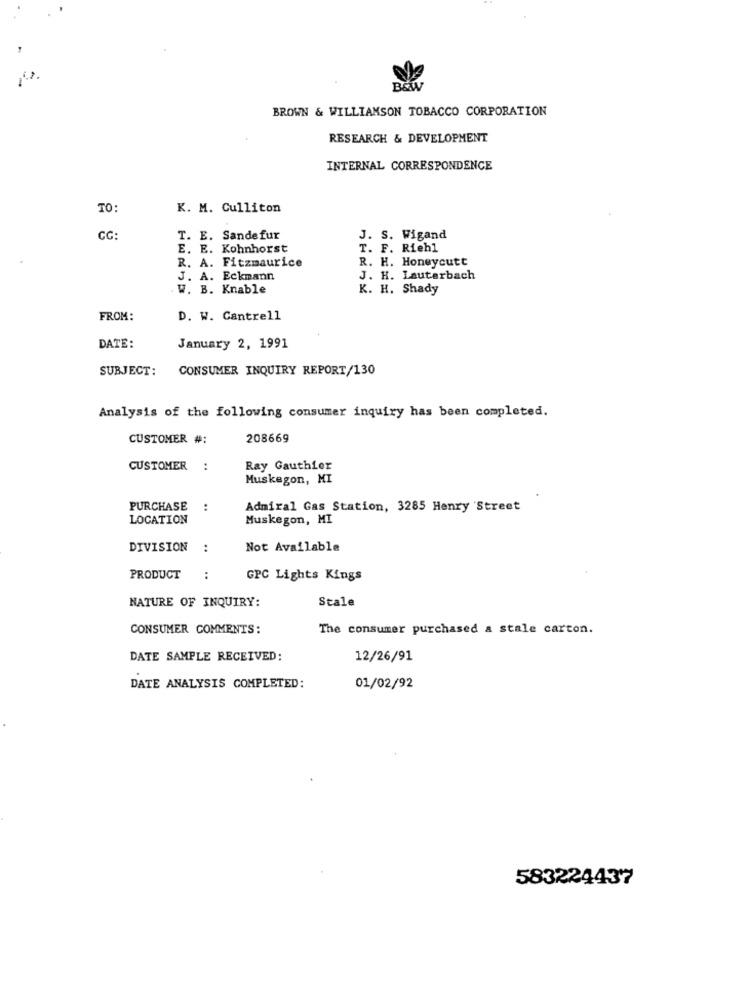
B&W
BROWN & WILLIAMSON TOBACCO CORPORATION
RESEARCH & DEVELOPMENT
INTERNAL CORRESPONDENCE
TO:
K. M. Culliton
T. E. Sandefur
J. S. Wigand
E. E. Kohnhorst
T. F. Riehl
R. A. Fitzmaurice
R. H. Honeycutt
J. A. Eckmann
J. H. Lauterbach
W. B. Knable
K. H. Shady
FROM:
D. W. Cantrell
DATE:
January 2, 1991
SUBJECT:
CONSUMER INQUIRY REPORT/130
Analysis of the following consumer inquiry has been completed.
CUSTOMER #:
208669
CUSTOMER :
Ray Gauthier
Muskegon, MI
PURCHASE
:
Admiral Gas Station, 3285 Henry Street
LOCATION
Muskegon, MI
DIVISION
:
Not Available
PRODUCT
GPC Lights Kings
NATURE OF INQUIRY:
Stale
CONSUMER COMMENTS:
The consumer purchased a stale carton.
DATE SAMPLE RECEIVED:
12/26/91
DATE ANALYSIS COMPLETED:
01/02/92
583224437